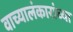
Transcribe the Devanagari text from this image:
वाच्यालंकारांच्या